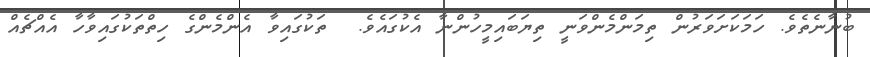
ބުނާނެތެވެ. ހަމަކަށަވަރުން ތިމަންމެންވަނީ ތިޔަބައިމީހުންނާ އެކުގައެވެ.  ތަކުގައިވާ އެންމެންގެ ހިތްތަކުގައިވާހާ އެއްޗެއް